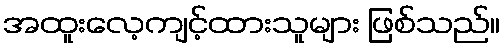
အထူးလေ့ကျင့်ထားသူများ ဖြစ်သည်။